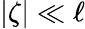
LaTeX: |\zeta|\ll\ell